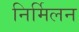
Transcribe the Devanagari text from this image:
निर्मिलन